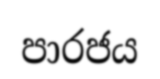
පාරජය